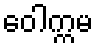
ဝေါက္ကမ